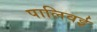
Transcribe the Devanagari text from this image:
पालिवई